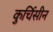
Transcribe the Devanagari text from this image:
कुर्चिसीन